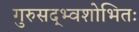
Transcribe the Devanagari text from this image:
गुरुसद्भ्वशोभितः